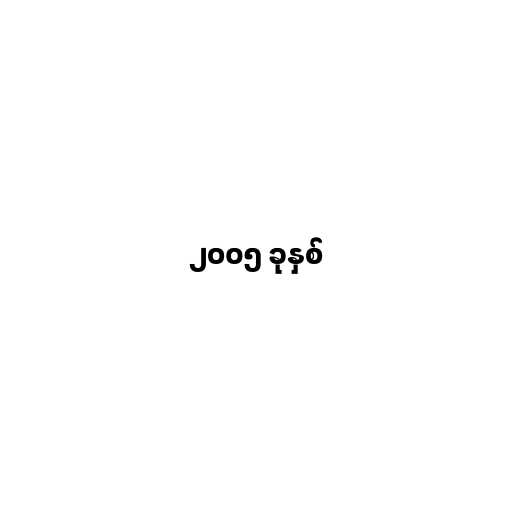
၂၀၀၅ ခုနှစ်